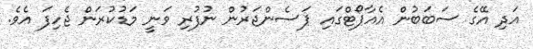
އަދި އޭގެ ސަބަބުން އެއާޕޯޓްގައި ޕަސެންޖަރުން ނުފުރި ވަނީ މަޑުކުރަން ޖެހިފަ އެވެ.